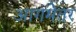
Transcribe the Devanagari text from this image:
आगमेतर